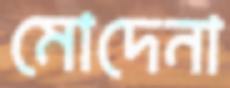
মোদেনা